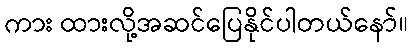
ကား ထားလို့အဆင်ပြေနိုင်ပါတယ်နော်။